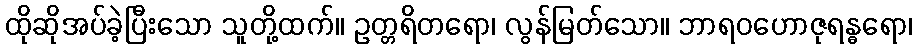
ထိုဆိုအပ်ခဲ့ပြီးသော သူတို့ထက်။ ဥတ္တရိတရော၊ လွန်မြတ်သော။ ဘာရဝဟောဇုရန္ဓရော၊